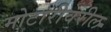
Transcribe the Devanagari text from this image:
मोटारीवरील